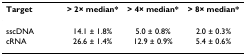
<table><thead><tr><td><b>Target</b></td><td><b>&gt; 2× median*</b></td><td><b>&gt; 4× median*</b></td><td><b>&gt; 8× median*</b></td></tr></thead><tbody><tr><td>sscDNA</td><td>14.1 ± 1.8%</td><td>5.0 ± 0.8%</td><td>2.0 ± 0.3%</td></tr><tr><td>cRNA</td><td>26.6 ± 1.4%</td><td>12.9 ± 0.9%</td><td>5.4 ± 0.6%</td></tr></tbody></table>